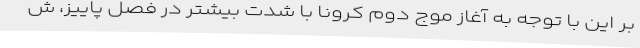
بر این با توجه به آغاز موج دوم کرونا با شدت بیشتر در فصل پاییز، ش